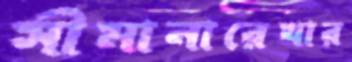
সীমানারেখার